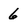
Character: 6